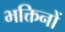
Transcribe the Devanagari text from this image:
भक्तिनों